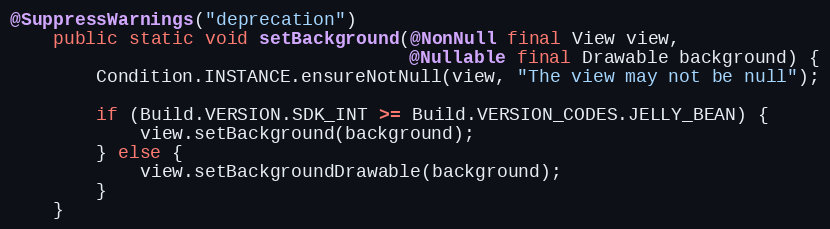
Language: Java
@SuppressWarnings("deprecation")
    public static void setBackground(@NonNull final View view,
                                     @Nullable final Drawable background) {
        Condition.INSTANCE.ensureNotNull(view, "The view may not be null");

        if (Build.VERSION.SDK_INT >= Build.VERSION_CODES.JELLY_BEAN) {
            view.setBackground(background);
        } else {
            view.setBackgroundDrawable(background);
        }
    }